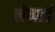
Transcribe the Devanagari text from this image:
लेप्पार्ड